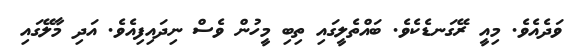
ވަދެއެވެ. މިއީ ރޭގަނޑެކެވެ. ބައްތެލީގައި ތިބި މީހުން ވެސް ނިދައިފިއެވެ. އަދި މާލޭގައި